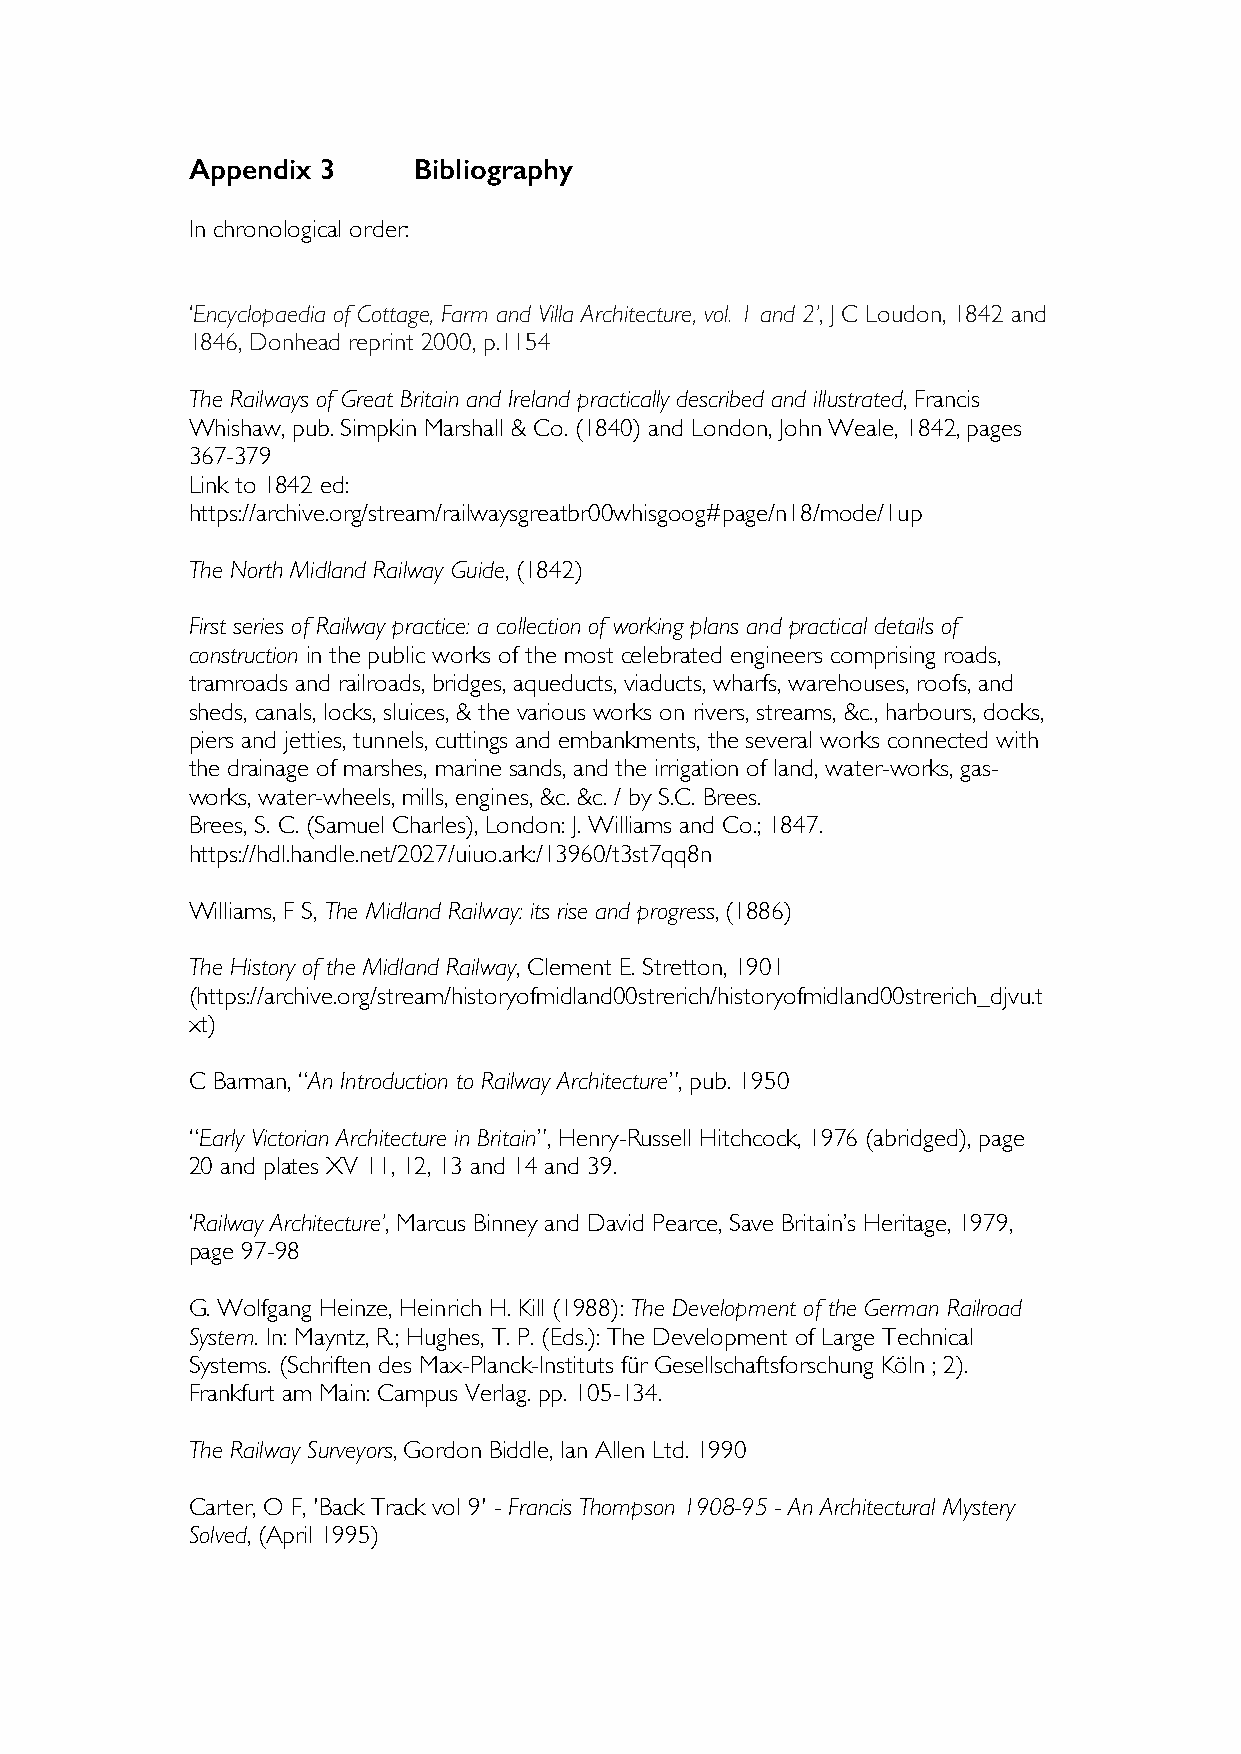
Appendix 3     Bibliography
 In chronological order:
 ‘Encyclopaedia of Cottage, Farm and Villa Architecture, vol. 1 and 2’, J C Loudon, 1842 and
 1846, Donhead reprint 2000, p.1154
 The Railways of Great Britain and Ireland practically described and illustrated, Francis
 Whishaw, pub. Simpkin Marshall & Co. (1840) and London, John Weale, 1842, pages
 367-379
 Link to 1842 ed:
 https://archive.org/stream/railwaysgreatbr00whisgoog#page/n18/mode/1up
 The North Midland Railway Guide, (1842)
 First series of Railway practice: a collection of working plans and practical details of
 construction in the public works of the most celebrated engineers comprising roads,
 tramroads and railroads, bridges, aqueducts, viaducts, wharfs, warehouses, roofs, and
 sheds, canals, locks, sluices, & the various works on rivers, streams, &c., harbours, docks,
 piers and jetties, tunnels, cuttings and embankments, the several works connected with
 the drainage of marshes, marine sands, and the irrigation of land, water-works, gas-
 works, water-wheels, mills, engines, &c. &c. / by S.C. Brees.
 Brees, S. C. (Samuel Charles), London: J. Williams and Co.; 1847.
 https://hdl.handle.net/2027/uiuo.ark:/13960/t3st7qq8n
 Williams, F S, The Midland Railway: its rise and progress, (1886)
 The History of the Midland Railway, Clement E. Stretton, 1901
 (https://archive.org/stream/historyofmidland00strerich/historyofmidland00strerich_djvu.t
 xt)
 C Barman, “An Introduction to Railway Architecture”, pub. 1950
 “Early Victorian Architecture in Britain”, Henry-Russell Hitchcock, 1976 (abridged), page
 20 and plates XV 11, 12, 13 and 14 and 39.
 ‘Railway Architecture’, Marcus Binney and David Pearce, Save Britain’s Heritage, 1979,
 page 97-98
 G. Wolfgang Heinze, Heinrich H. Kill (1988): The Development of the German Railroad
 System. In: Mayntz, R.; Hughes, T. P. (Eds.): The Development of Large Technical
 Systems. (Schriften des Max-Planck-Instituts für Gesellschaftsforschung Köln ; 2).
 Frankfurt am Main: Campus Verlag. pp. 105-134.
 The Railway Surveyors, Gordon Biddle, Ian Allen Ltd. 1990
 Carter, O F, 'Back Track vol 9' - Francis Thompson 1908-95 - An Architectural Mystery
 Solved, (April 1995)